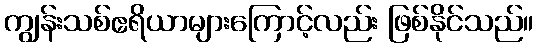
ကျွန်းသစ်ဧရိယာများကြောင့်လည်း ဖြစ်နိုင်သည်။